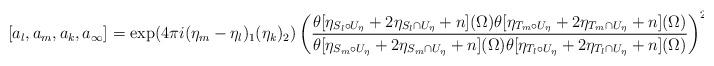
LaTeX: \begin{align*}[a_l,a_m,a_k,a_{\infty}]= \exp(4 \pi i (\eta_{m}-\eta_{l})_1(\eta_k)_2)\left( \frac{\theta[\eta_{S_l \circ U_\eta}+2\eta_{S_l \cap U_\eta}+n](\Omega)\theta[\eta_{T_m \circ U_\eta}+2\eta_{T_m \cap U_\eta}+n](\Omega)}{\theta[\eta_{S_m \circ U_\eta}+2\eta_{S_m \cap U_\eta}+n](\Omega)\theta[\eta_{T_l \circ U_\eta}+2\eta_{T_l \cap U_\eta}+n](\Omega)}\right)^2.\end{align*}